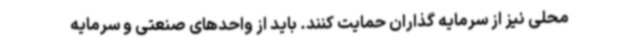
محلی نیز از سرمایه گذاران حمایت کنند. باید از واحدهای صنعتی و سرمایه